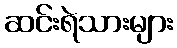
ဆင်းရဲသားများ